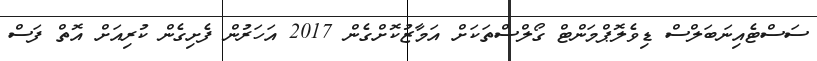
ސަސްޓެއިނަބަލްސް ޑިވެލޮޕްމަންޓް ގޯލްސްތަކަށް އަމާޒުކޮށްގެން 2017 އަހަރުން ފެށިގެން ކުރިއަށް އޮތް ފަސް